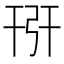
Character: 𢏘